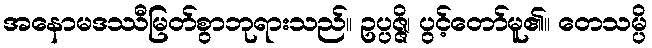
အနောမဒဿီမြတ်စွာဘုရားသည်။ ဥပ္ပဇ္ဇိ၊ ပွင့်တော်မူ၏။ တေသမ္ပိ